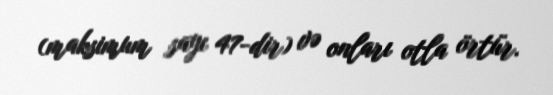
(maksimum sayı 47-dir) və onları otla örtür.